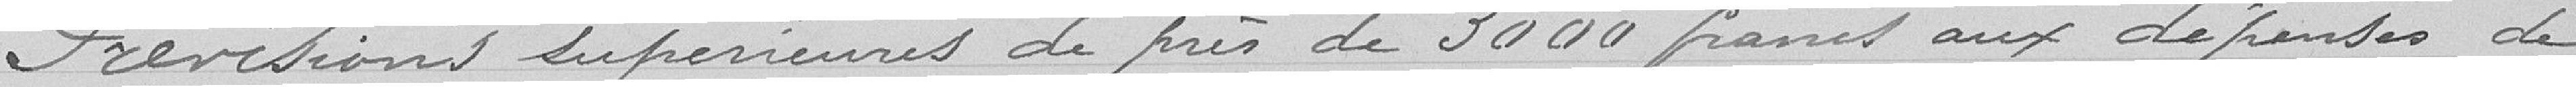
Prévisions supérieures de près de 3000 francs aux dépenses de